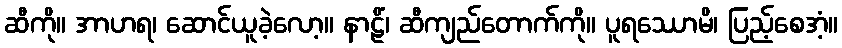
ဆီကို။ အာဟရ၊ ဆောင်ယူခဲ့လော့။ နာဠိံ၊ ဆီကျည်တောက်ကို။ ပူရဿောမိ၊ ပြည့်စေအံ့။